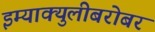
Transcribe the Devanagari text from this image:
इम्‍याक्‍युलीबरोबर